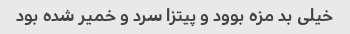
خیلی بد مزه بوود و پیتزا سرد و خمیر شده بود